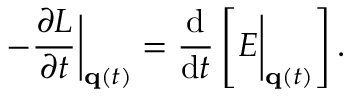
- { \frac { \partial L } { \partial t } } { \biggl | } _ { \mathbf { q } ( t ) } = { \frac { \mathrm { d } } { \mathrm { d } t } } \left[ E { \biggl | } _ { \mathbf { q } ( t ) } \right] .